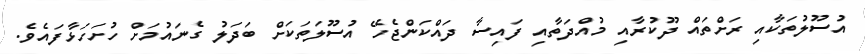
އުސޫލުތަކާއި ރަށްތައް ދޫކުރާއި މުއްދަތާއި ފައިސާ ދައްކަންޖެހޭ އުސޫލަތަކަށް ބަދަލު ގެނައުމަށް ހުށަހަޅާފައެވެ.